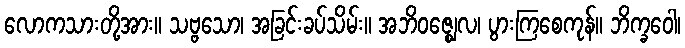
လောကသားတို့အား။ သဗ္ဗသော၊ အခြင်းခပ်သိမ်း။ အဘိဝဇ္ဈေလ၊ ပွားကြစေကုန်။ ဘိက္ခဝေါ၊